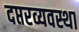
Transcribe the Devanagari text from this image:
दप्तरव्यवस्था